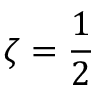
\zeta = \frac { 1 } { 2 }